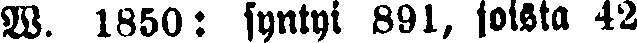
W. 1850: syntyi 891, joista 42